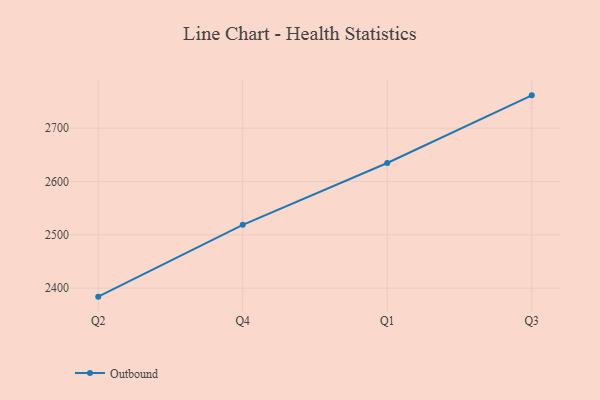
{"axis": {"x": "Quarter", "y": "Temperature (°C)"}, "legend": ["Outbound"], "data": [{"x": "Q2", "y": 2384.1, "type": "Outbound"}, {"x": "Q4", "y": 2518.7, "type": "Outbound"}, {"x": "Q1", "y": 2634.7, "type": "Outbound"}, {"x": "Q3", "y": 2761.5, "type": "Outbound"}]}